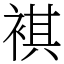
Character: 褀